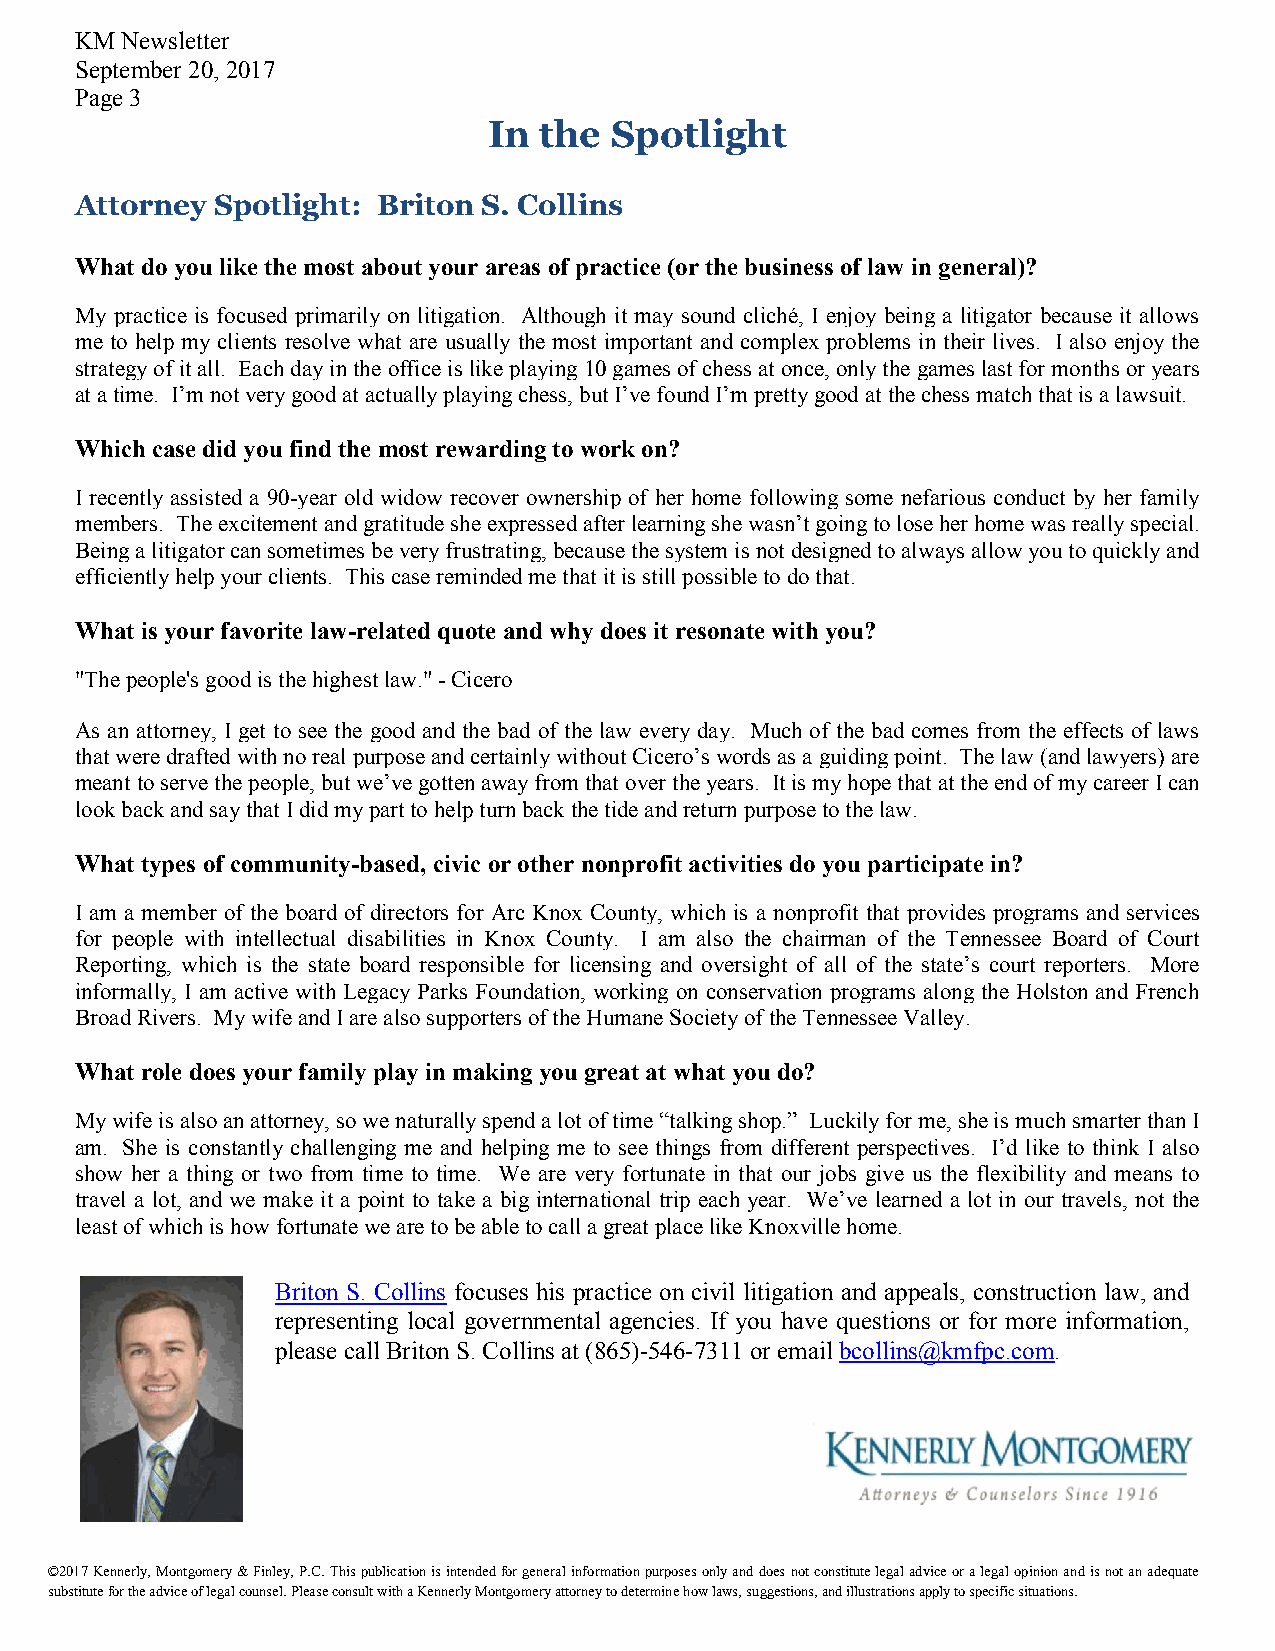
KM Newsletter
 September 20, 2017
 Page 3
 In  the Spotlight
 Attorney Spotlight: Briton S. Collins
 What do you like the most about your areas of practice (or the business of law in general)?
 My practice is focused primarily on litigation. Although it may sound cliché, I enjoy being a litigator because it allows
 me to help my clients resolve what are usually the most important and complex problems in their lives. I also enjoy the
 strategy of it all. Each day in the office is like playing 10 games of chess at once, only the games last for months or years
 at a time. I’m not very good at actually playing chess, but I’ve found I’m pretty good at the chess match that is a lawsuit.
 Which case did you find the most rewarding to work on?
 I recently assisted a 90-year old widow recover ownership of her home following some nefarious conduct by her family
 members. The excitement and gratitude she expressed after learning she wasn’t going to lose her home was really special.
 Being a litigator can sometimes be very frustrating, because the system is not designed to always allow you to quickly and
 efficiently help your clients. This case reminded me that it is still possible to do that.
 What is your favorite law-related quote and why does it resonate with you?
 "The people's good is the highest law." - Cicero
 As an attorney, I get to see the good and the bad of the law every day. Much of the bad comes from the effects of laws
 that were drafted with no real purpose and certainly without Cicero’s words as a guiding point. The law (and lawyers) are
 meant to serve the people, but we’ve gotten away from that over the years. It is my hope that at the end of my career I can
 look back and say that I did my part to help turn back the tide and return purpose to the law.
 What types of community-based, civic or other nonprofit activities do you participate in?
 I am a member of the board of directors for Arc Knox County, which is a nonprofit that provides programs and services
 for people with intellectual disabilities in Knox County. I am also the chairman of the Tennessee Board of Court
 Reporting, which is the state board responsible for licensing and oversight of all of the state’s court reporters. More
 informally, I am active with Legacy Parks Foundation, working on conservation programs along the Holston and French
 Broad Rivers. My wife and I are also supporters of the Humane Society of the Tennessee Valley.
 What role does your family play in making you great at what you do?
 My wife is also an attorney, so we naturally spend a lot of time “talking shop.” Luckily for me, she is much smarter than I
 am. She is constantly challenging me and helping me to see things from different perspectives. I’d like to think I also
 show her a thing or two from time to time. We are very fortunate in that our jobs give us the flexibility and means to
 travel a lot, and we make it a point to take a big international trip each year. We’ve learned a lot in our travels, not the
 least of which is how fortunate we are to be able to call a great place like Knoxville home.
 Briton S. Collins focuses his practice on civil litigation and appeals, construction law, and
 representing local governmental agencies. If you have questions or for more information,
 please call Briton S. Collins at (865)-546-7311 or email bcollins@kmfpc.com.
 ©201 7 Kennerly, Montgomery & Finley, P.C. This publication is intended for general information purposes only and does not constitute legal advice or a legal opinion and is not an adequate
 substitute for the advice of legal counsel. Please consult with a Kennerly Montgomery attorney to determine how laws, suggestions, and illustrations apply to specific situations.